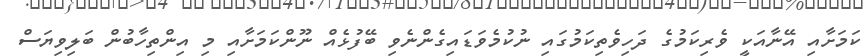
ކަމަށާއި އޭނާއަކީ ވެރިކަމުގެ ދަހިވެތިކަމުގައި ނުކުމެވަޑައިގެންނެވި ބޭފުޅެއް ނޫންކަމަށާއި މި އިންތިހާބުން ބަލިވިޔަސް